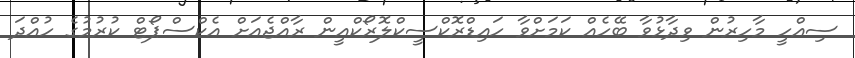
ސިއްހީ މާހިރުން ވިދާޅުވާ ބޭހެއް ކަމަށްވާ ހައިޑްރޮކްސީކްލޮރޯކްއީން ރާއްޖެއަށް އެކްސްޕޯޓް ކުރުމުގެ ހުއްދަ